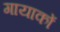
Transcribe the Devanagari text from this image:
गायाकों